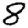
Digit: 8